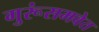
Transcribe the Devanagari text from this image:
गुरूंसमवेत